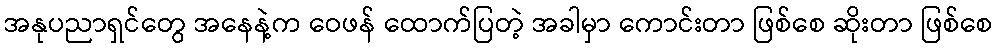
အနုပညာရှင်တွေ အနေနဲ့က ဝေဖန် ထောက်ပြတဲ့ အခါမှာ ကောင်းတာ ဖြစ်စေ ဆိုးတာ ဖြစ်စေ